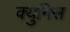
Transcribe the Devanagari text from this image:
क्युनिस